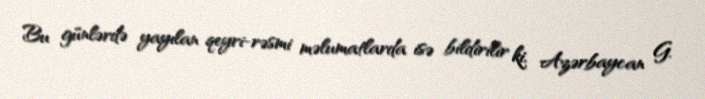
Bu günlərdə yayılan qeyri-rəsmi məlumatlarda isə bildirilir ki, Azərbaycan G.